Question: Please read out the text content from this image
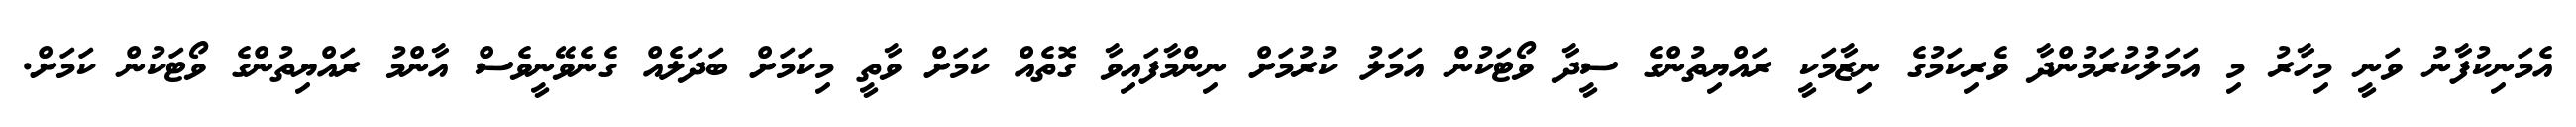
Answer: އެމަނިކުފާނު ވަނީ މިހާރު މި އަމަލުކުރަމުންދާ ވެރިކަމުގެ ނިޒާމަކީ ރައްޔިތުންގެ ސީދާ ވޯޓަކުން އަމަލު ކުރުމަށް ނިންމާފައިވާ ގޮތެއް ކަމަށް ވާތީ މިކަމަށް ބަދަލެއް ގެނެވޭނީވެސް އާންމު ރައްޔިތުންގެ ވޯޓަކުން ކަމަށް.